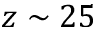
z \sim 2 5